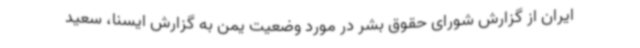
ایران از گزارش شورای حقوق بشر در مورد وضعیت یمن به گزارش ایسنا، سعید